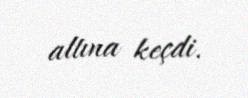
altına keçdi.